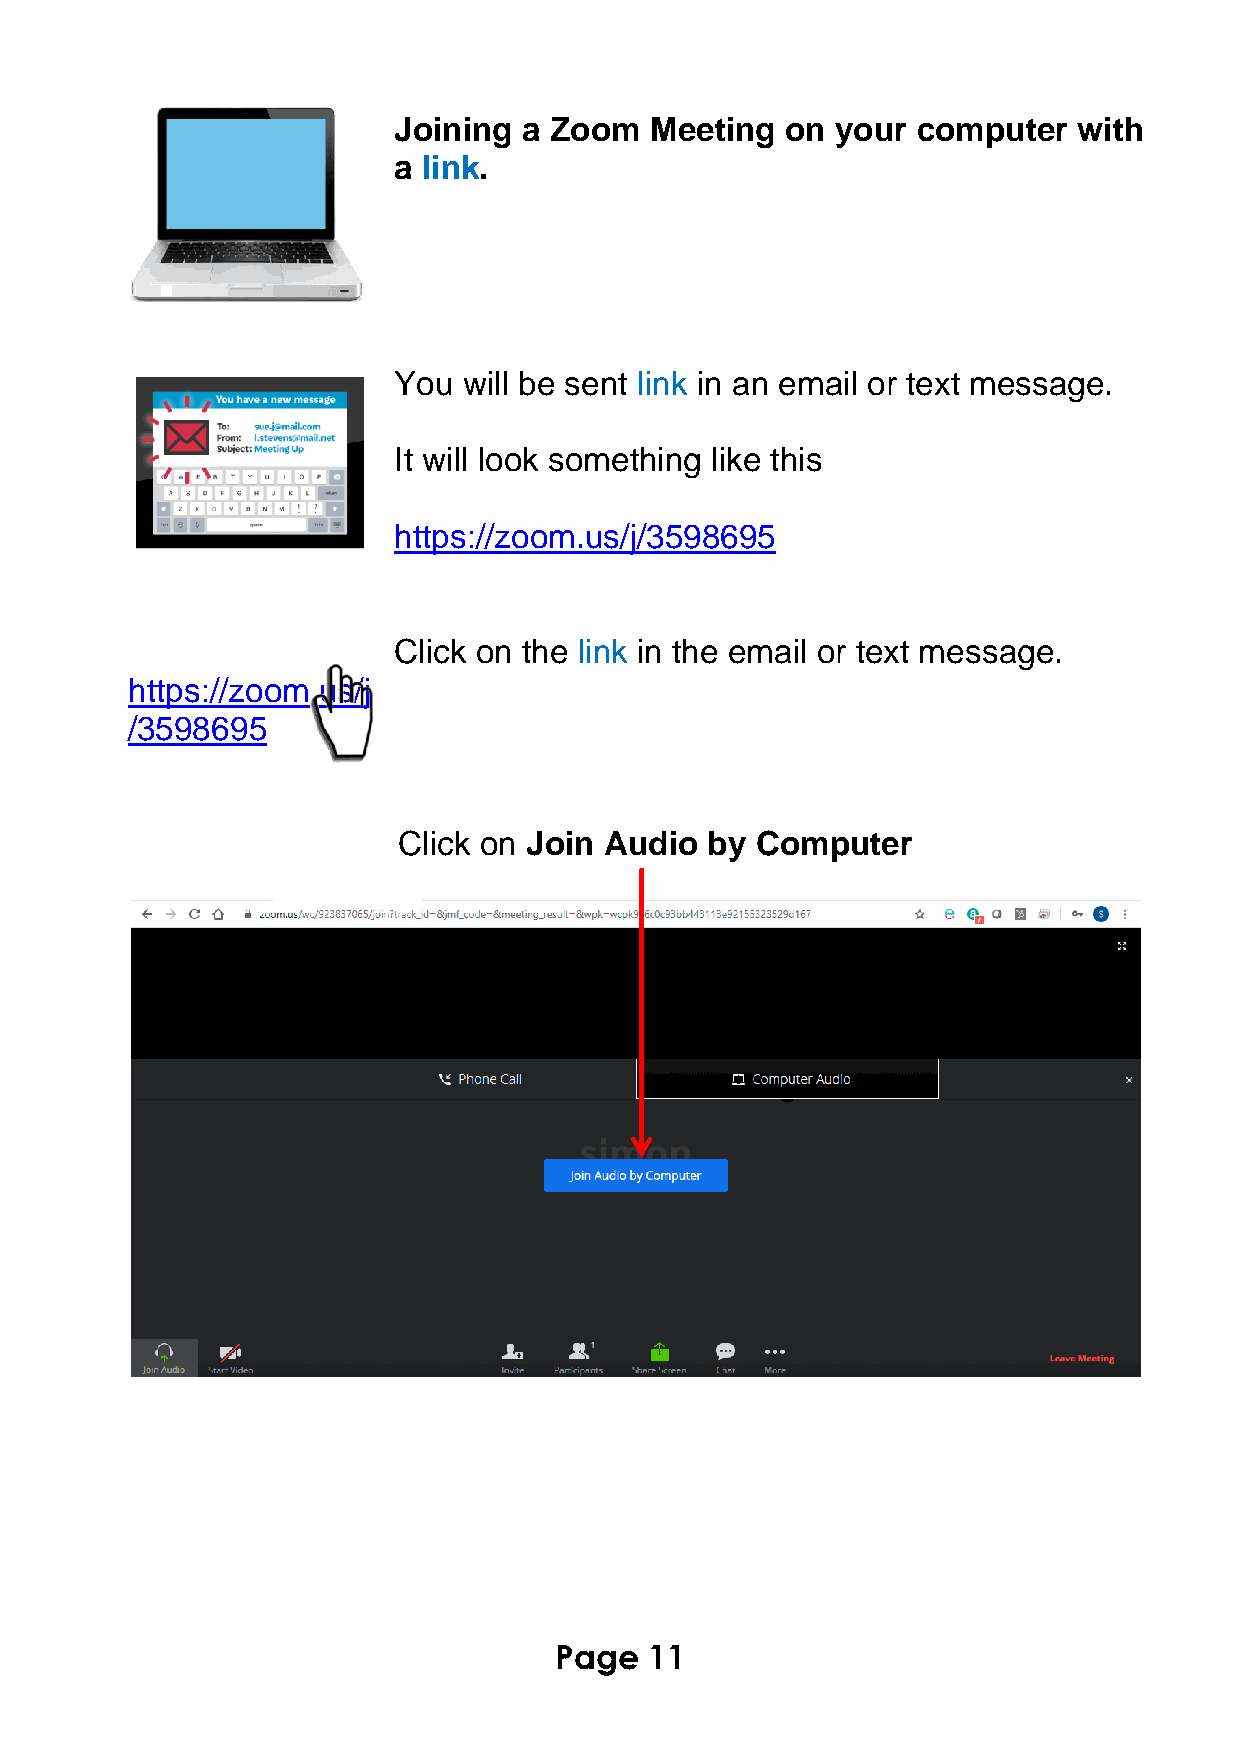
Joining  a Zoom  Meeting  on your  computer  with
 a link.
 You  will be sent link in an email or text message.
 It will look something like this
 https://zoom.us/j/3598695
 Click on the link in the email or text message.
 https://zoom.us/j
 /3598695
 Click on Join Audio  by Computer
 Page  11